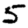
Digit: 5